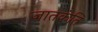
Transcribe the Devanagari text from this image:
जातकंति